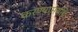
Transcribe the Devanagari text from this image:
करण्यासंबंधि